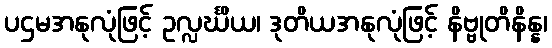
ပဌမအနုလုံဖြင့် ဥလ္လင်္ဃိယ၊ ဒုတိယအနုလုံဖြင့် နိဗ္ဗုတိနိန္န၊